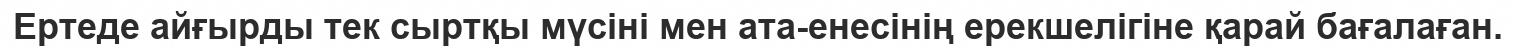
Ертеде айғырды тек сыртқы мүсіні мен ата-енесінің ерекшелігіне қарай бағалаған.